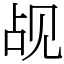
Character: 觇